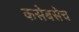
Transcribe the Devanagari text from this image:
कसेबसेच